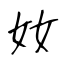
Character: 奻